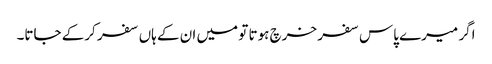
اگر میرے پاس سفر خرچ ہوتا تو میں ان کے ہاں سفر کرکے جاتا۔